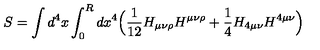
S = \int d ^ { 4 } x \int _ { 0 } ^ { R } d x ^ { 4 } \Bigl ( \frac { 1 } { 1 2 } H _ { \mu \nu \rho } H ^ { \mu \nu \rho } + \frac { 1 } { 4 } H _ { 4 \mu \nu } H ^ { 4 \mu \nu } \Bigr )